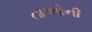
તાઓની